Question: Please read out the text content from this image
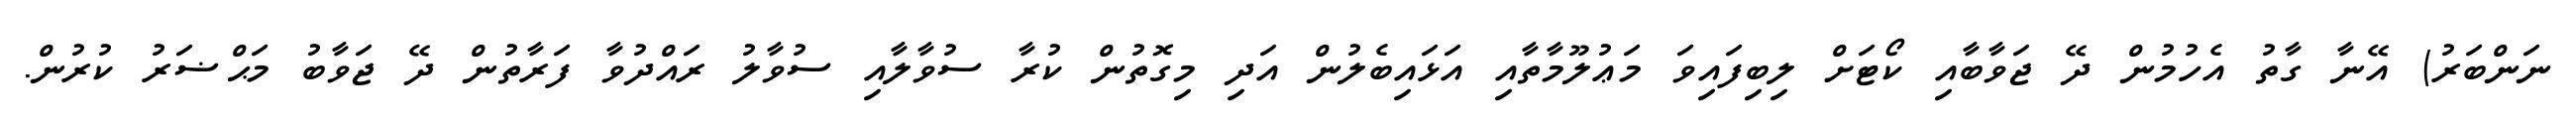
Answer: ނަންބަރު) އޭނާ ގާތު އެހުމުން ދޭ ޖަވާބާއި ކޯޓަށް ލިބިފައިވަ މަޢުލޫމާތާއި އަޅައިބެލުން އަދި މިގޮތުން ކުރާ ސުވާލާއި ސުވާލު ރައްދުވާ ފަރާތުން ދޭ ޖަވާބު މަޙްޟަރު ކުރުން.